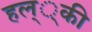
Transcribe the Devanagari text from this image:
हल््की